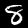
Digit: 8